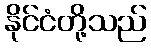
နိုင်ငံတို့သည်